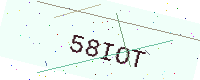
Text: 58IOT